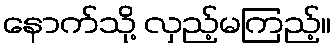
နောက်သို့ လှည့်မကြည့်။